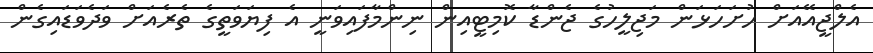
އެލްޖީއޭއަށް ހުށަހަޅަން މަޖިލީހުގެ ޖެންޑާ ކޮމިޓީއިން ނިންމާފައިވަނީ އެ ފިޔަވަތީގެ ތެރެއަށް ވަދެވަޑައިގެން